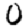
Digit: 0